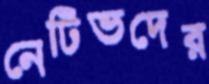
নেটিভদের